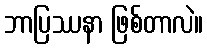
ဘာပြဿနာ ဖြစ်တာလဲ။